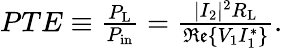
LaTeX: \begin{array}{r}{{PTE}\equiv\frac{P_{\mathrm{L}}}{P_{\mathrm{in}}}=\frac{|I_{2}|^{2}R_{\mathrm{L}}}{\mathfrak{Re}\{ V_{1}I_{1}^{*}\} }.}\end{array}